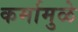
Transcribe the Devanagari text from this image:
कर्मामुळे